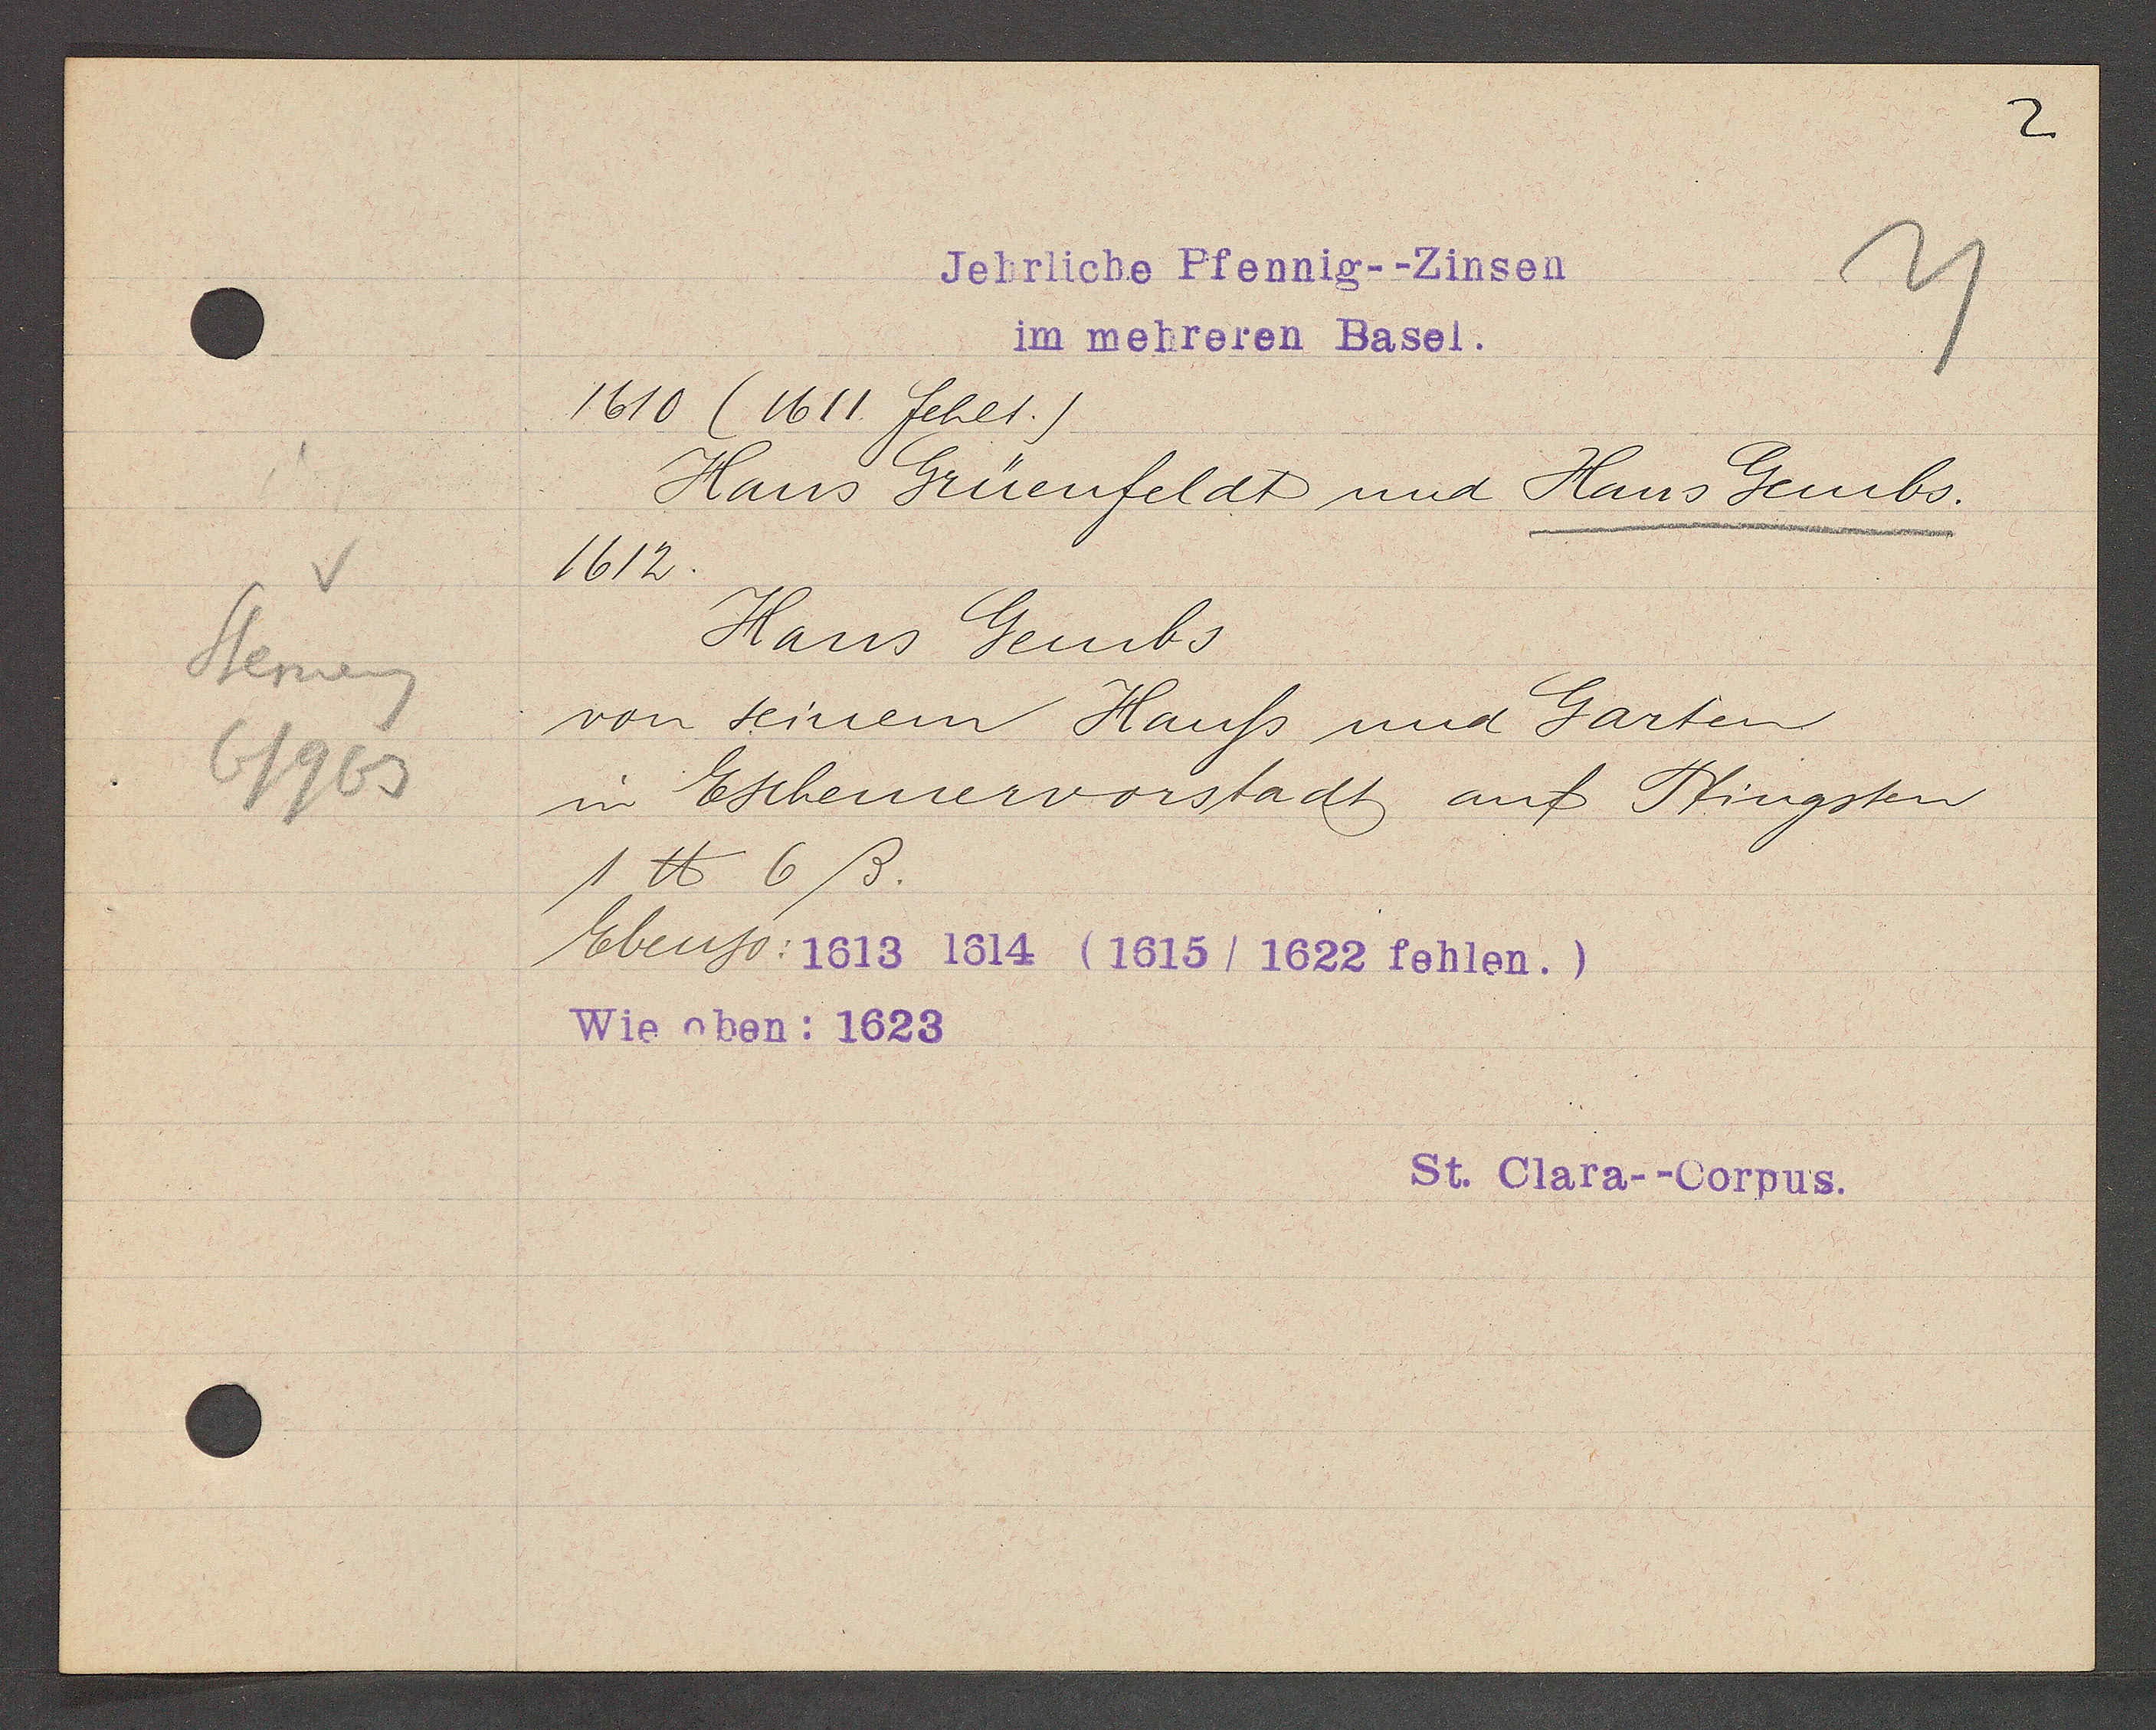
Transcript:
v
Sterneng
6/963

Jehrliche Pfennig--Zinsen
im mehreren Basel.

1610 (1611. fehlt.)
Hans Grüenfeldt und Hans Gembs.
1612.
Hans Gembs
von seinem Hauss und Garten
in Eschemervorstadt, auf Pfingsten
1 ℔ 6ß.
Ebenso: 1613 1614 (1615/ 1622 fehlen.)
Wie oben: 1623

St. Clara--Corpus.